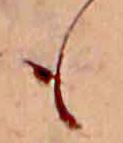
も